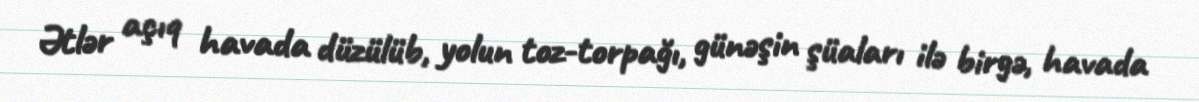
Ətlər açıq havada düzülüb, yolun toz-torpağı, günəşin şüaları ilə birgə, havada